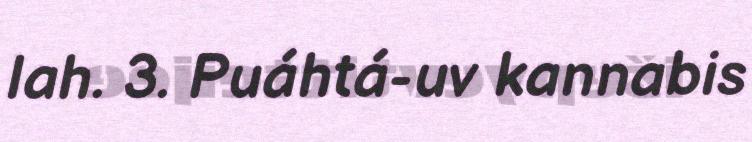
lah. 3. Puáhtá-uv kannabis